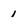
Character: 1